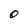
Character: O